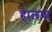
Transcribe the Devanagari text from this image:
हालवा